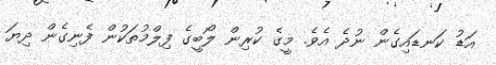
އަޑު ކަނޑައިގެން ނުދެ އެވެ. މީގެ ކުރިން ލޯބީގެ ފިލްމުތަކުން ފެނިގެން ދިޔަ